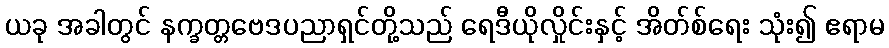
ယခု အခါတွင် နက္ခတ္တဗေဒပညာရှင်တို့သည် ရေဒီယိုလှိုင်းနှင့် အိတ်စ်ရေး သုံး၍ ဧရာမ